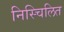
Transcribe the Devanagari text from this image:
निस्चिलित